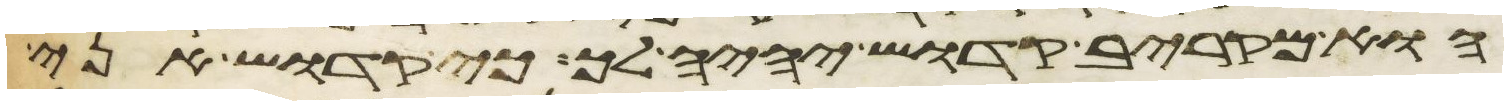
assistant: הוא מקריב קדוש יהיה לך כי קדוש אני